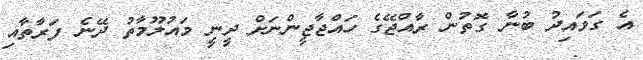
އެ ގަވައިދު ބުނާ ގޮތުން ރާއްޖޭގެ ހައްޖާޖީންނަށް ދީނީ މައުލޫމާތު ދޭނެ ފަރާތާއި